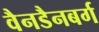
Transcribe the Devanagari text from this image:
वैनडैनबर्ग